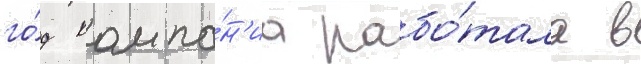
го́д компа́н'иа рабо́тала в